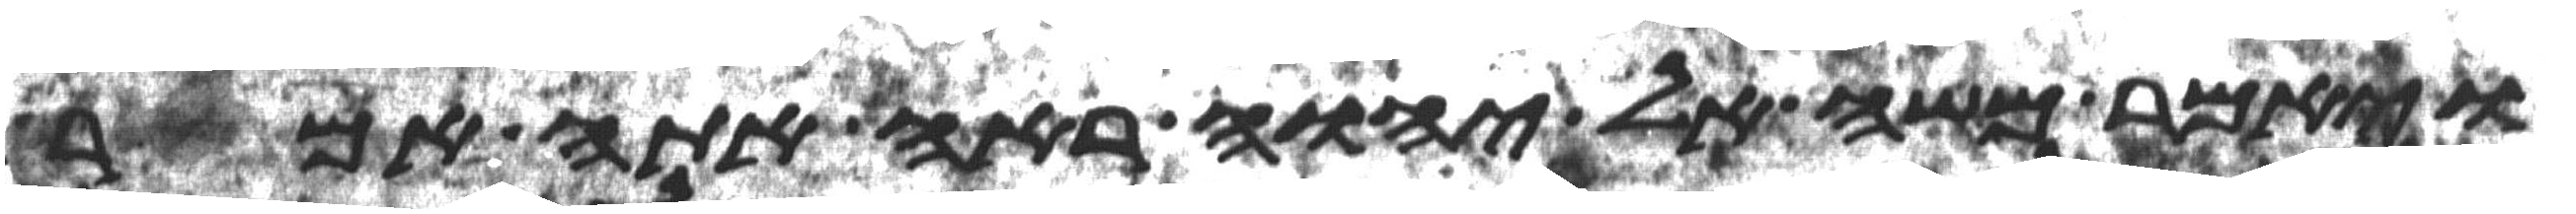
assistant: ויאמר משה אל יהוה ראה אתה אמר